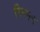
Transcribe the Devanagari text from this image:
गिम्सन